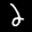
Label: 2